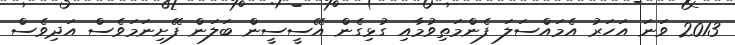
2013 ވަނަ އަހަރު އެމައްސަލަ ފެންމަތިވުމާއި ގުޅިގެން އޭސީސީން ބަލަން ފޭށިނަމަވެސް އަދިވެސް